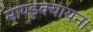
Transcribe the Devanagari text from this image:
माण्डुक्यायन।